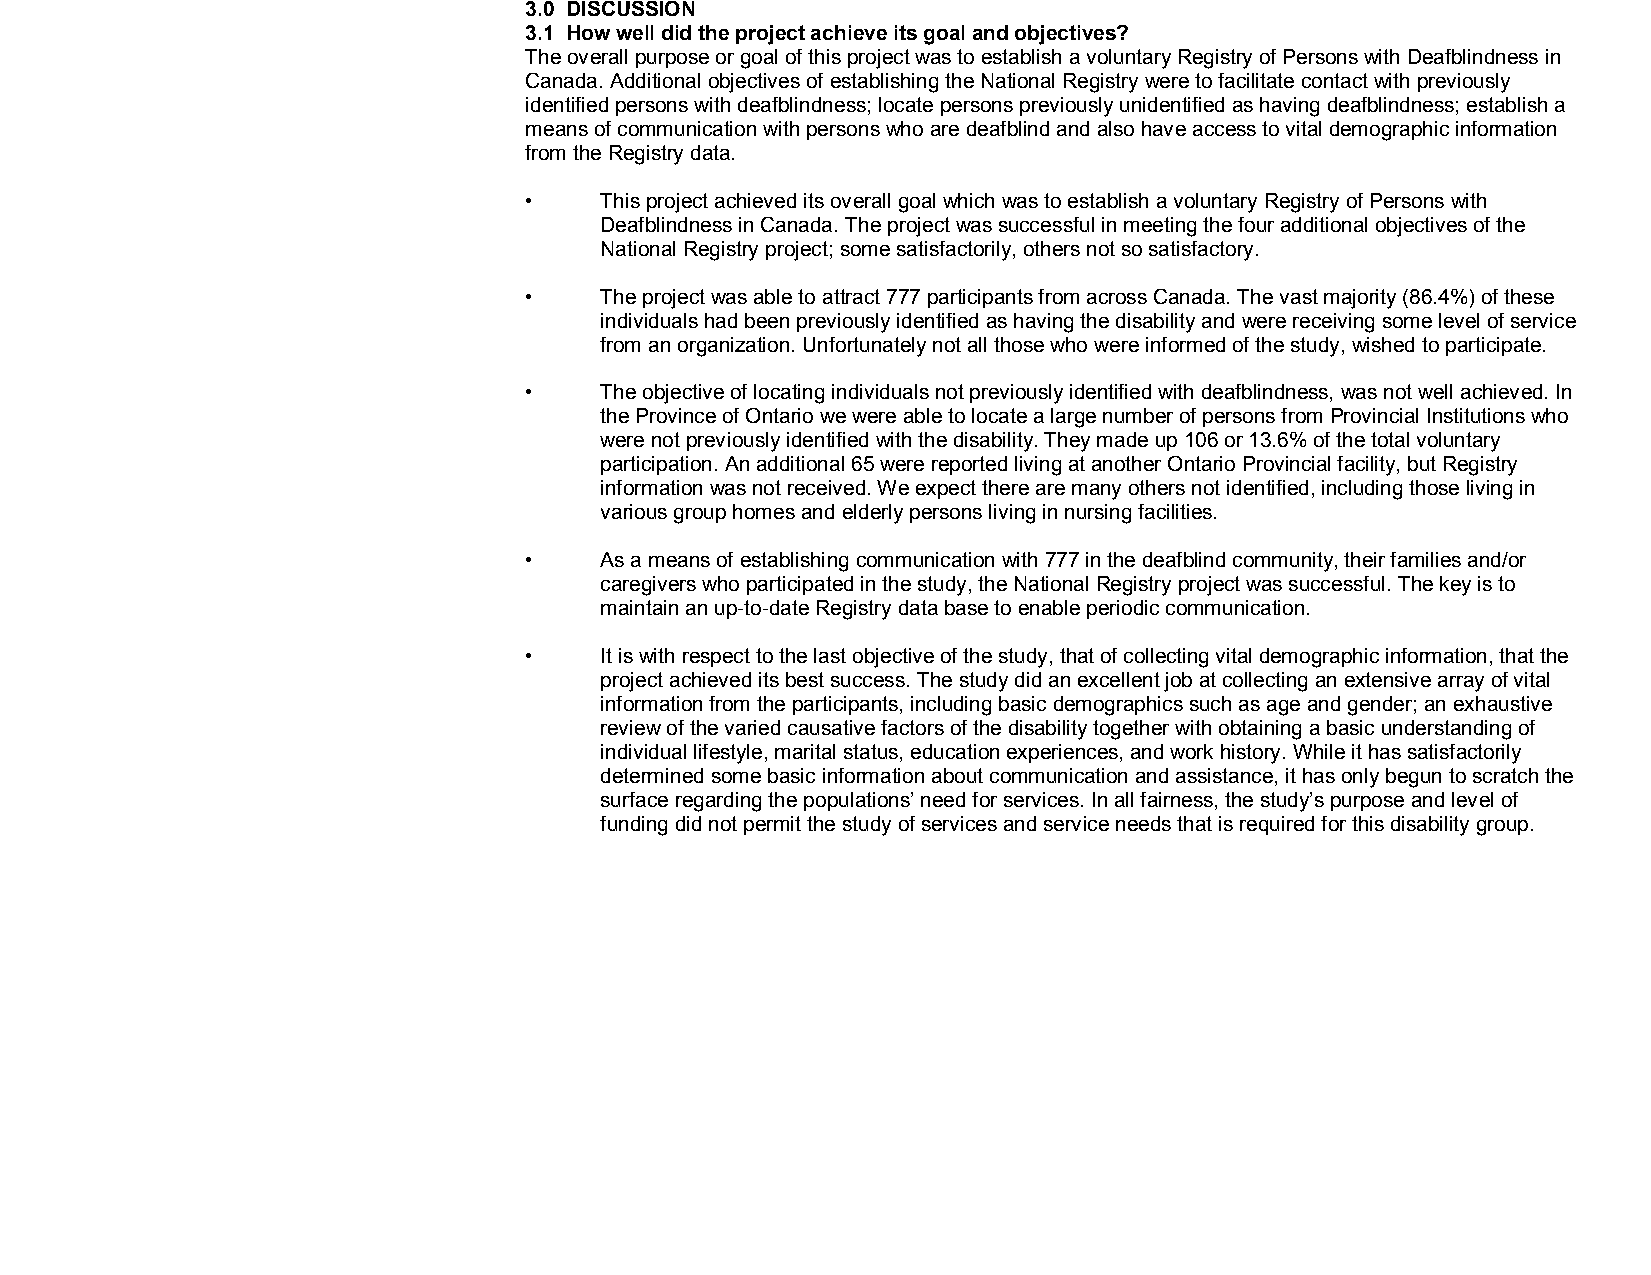
3.0 DISCUSSION
 3.1 How well did the project achieve its goal and objectives?
 The overall purpose or goal of this project was to establish a voluntary Registry of Persons with Deafblindness in
 Canada. Additional objectives of establishing the National Registry were to facilitate contact with previously
 identified persons with deafblindness; locate persons previously unidentified as having deafblindness; establish a
 means of communication with persons who are deafblind and also have access to vital demographic information
 from the Registry data.
 •    This project achieved its overall goal which was to establish a voluntary Registry of Persons with
 Deafblindness in Canada. The project was successful in meeting the four additional objectives of the
 National Registry project; some satisfactorily, others not so satisfactory.
 •    The project was able to attract 777 participants from across Canada. The vast majority (86.4%) of these
 individuals had been previously identified as having the disability and were receiving some level of service
 from an organization. Unfortunately not all those who were informed of the study, wished to participate.
 •    The objective of locating individuals not previously identified with deafblindness, was not well achieved. In
 the Province of Ontario we were able to locate a large number of persons from Provincial Institutions who
 were not previously identified with the disability. They made up 106 or 13.6% of the total voluntary
 participation. An additional 65 were reported living at another Ontario Provincial facility, but Registry
 information was not received. We expect there are many others not identified, including those living in
 various group homes and elderly persons living in nursing facilities.
 •    As a means of establishing communication with 777 in the deafblind community, their families and/or
 caregivers who participated in the study, the National Registry project was successful. The key is to
 maintain an up­to­date Registry data base to enable periodic communication.
 •    It is with respect to the last objective of the study, that of collecting vital demographic information, that the
 project achieved its best success. The study did an excellent job at collecting an extensive array of vital
 information from the participants, including basic demographics such as age and gender; an exhaustive
 review of the varied causative factors of the disability together with obtaining a basic understanding of
 individual lifestyle, marital status, education experiences, and work history. While it has satisfactorily
 determined some basic information about communication and assistance, it has only begun to scratch the
 surface regarding the populations’ need for services. In all fairness, the study’s purpose and level of
 funding did not permit the study of services and service needs that is required for this disability group.